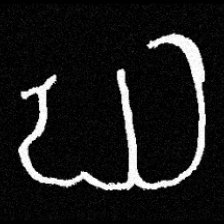
Pyu character \u2014 Myanmar letter: ဃ (romanized: gha)